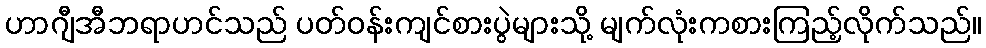
ဟာဂျီအီဘရာဟင်သည် ပတ်ဝန်းကျင်စားပွဲများသို့ မျက်လုံးကစားကြည့်လိုက်သည်။